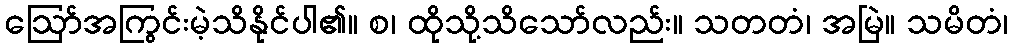
ဩော်အကြွင်းမဲ့သိနိုင်ပါ၏။ စ၊ ထိုသို့သိသော်လည်း။ သတတံ၊ အမြဲ။ သမိတံ၊